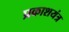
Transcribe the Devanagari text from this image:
प्रकाशयंत्र